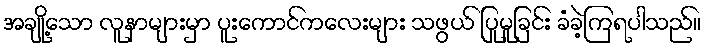
အချို့သော လူနာများမှာ ပူးကောင်ကလေးများ သဖွယ် ပြုမူခြင်း ခံခဲ့ကြရပါသည်။